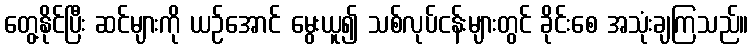
တွေ့နိုင်ပြီး ဆင်များကို ယဉ်အောင် မွေးယူ၍ သစ်လုပ်ငန်းများတွင် ခိုင်းစေ အသုံးချကြသည်။